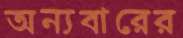
অন্যবারের